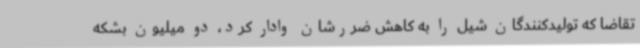
تقاضا که تولیدکنندگان شیل را به کاهش ضررشان وادار کرد، دو میلیون بشکه